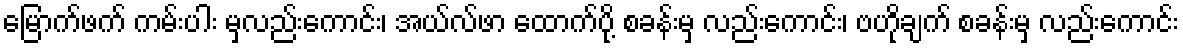
မြောက်ဖက် ကမ်းပါး မှလည်းကောင်း၊ အယ်လ်ဖာ ထောက်ပို့ စခန်းမှ လည်းကောင်း၊ ဗဟိုချက် စခန်းမှ လည်းကောင်း